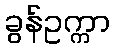
ခွန်ဥက္ကာ